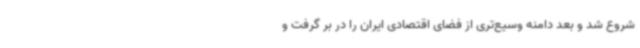
شروع شد و بعد دامنه وسیع‌تری از فضای اقتصادی ایران را در بر گرفت و